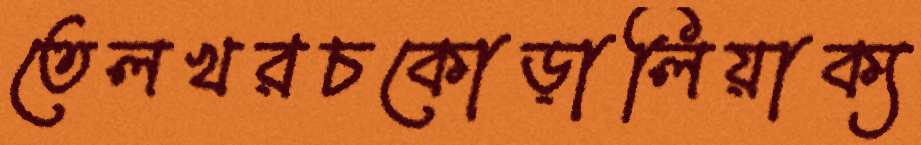
তেলখরচকোড়ালিয়াক্য